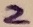
Text: 2